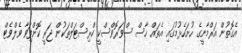
އެގޮތުން އަރްމާނީގެ ހުށަހެޅުމުގައި އެތައް ހާސް ސްވަރޮވްސްކީ ކްރިސްޓަލްތަކުން ޖަރީ ކޮށްފަިވާ ވެލްވެޓް